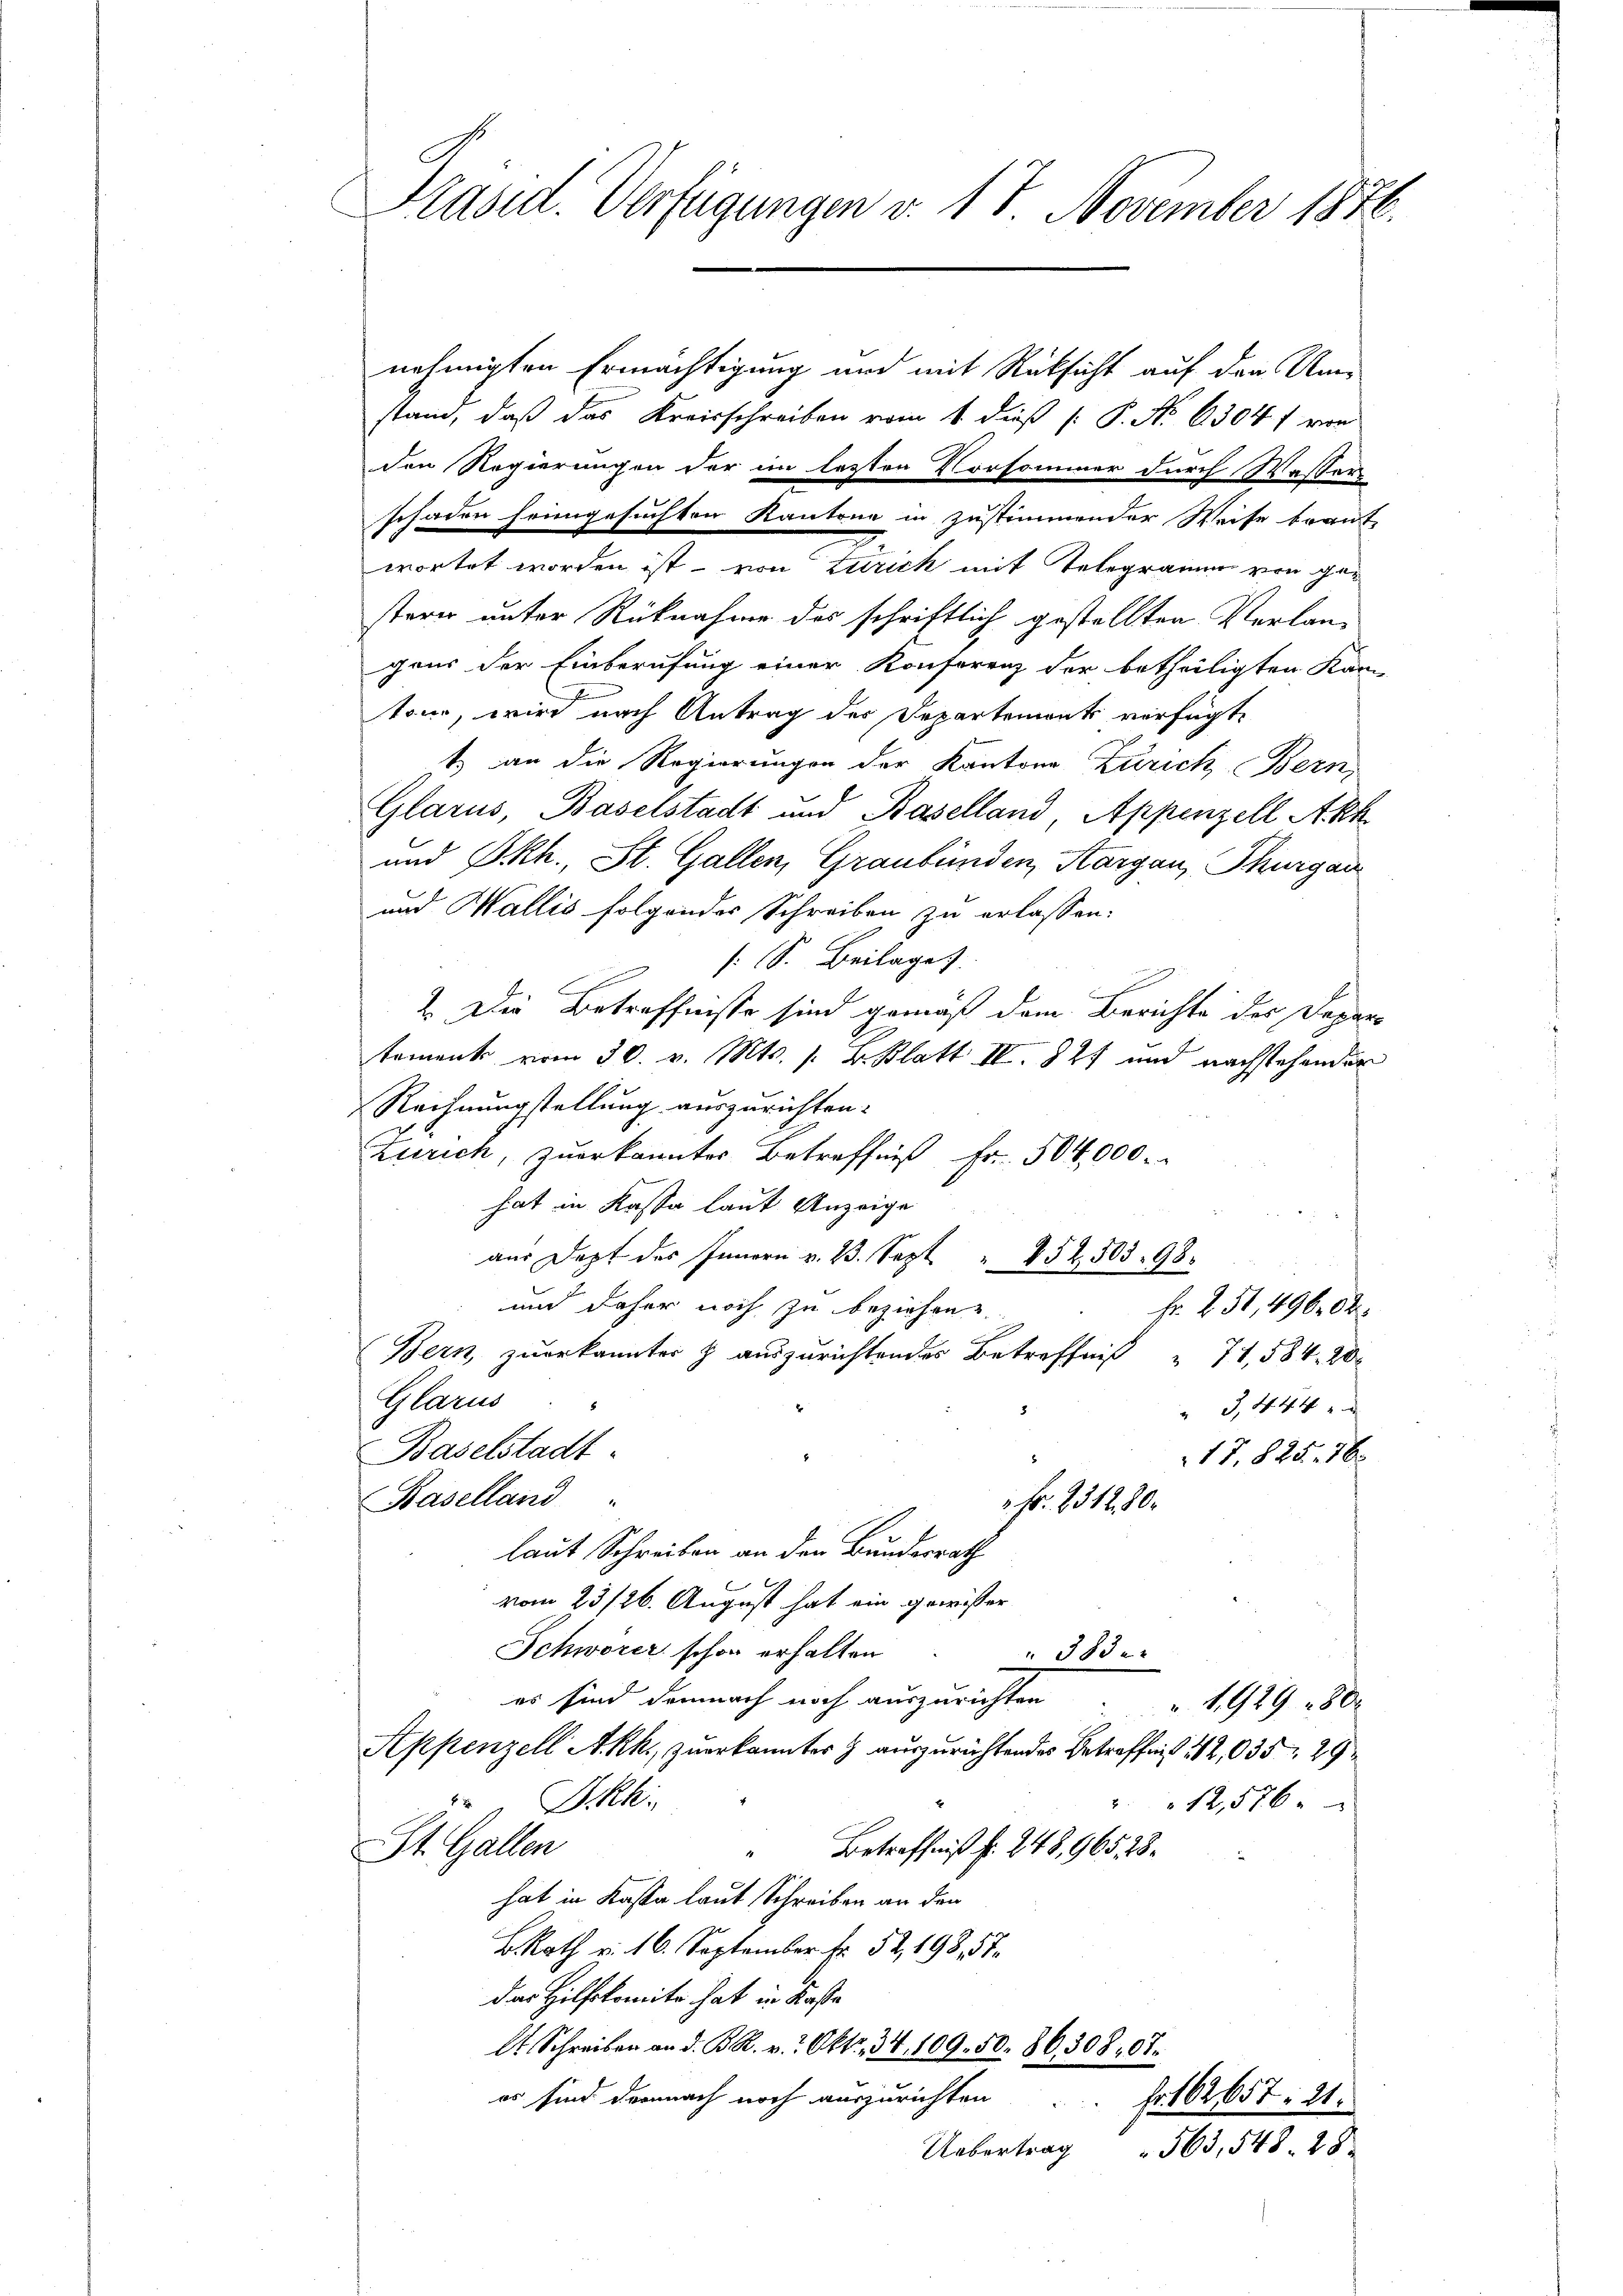
Präsid. Verfügungen v. 17. November 1876.

nehmigten Ermächtigung und mit Rücksicht auf den Umstand, daß das Kreisschreiben vom 1. dieß P. No 6304 f von
den Regierungen der im letzten Vorsammer durch Wasser
schaden heimgesuchten Kantone in zustimmender Weise beant
e
wortet worden ist – von Zürich mit Telegramm von gesterer unter Rücknahme des schriftlich gestellten Verlangaus der Einberufung einer Konferenz der betheiligten Kan-
tem, wird nach Antrag des Departements verfügt,
t) an die Regierungen der Kanton Zürich Bern,
Glarus, Baselstadt und Baselland Appenzell Akk
und Skh., St. Gallen, Graubünden, Aargau, Thurgau
und Wallis folgendes Schreiben zu erlassen.
[S. Beilage).
2. Die Betreffnisse sind gemäß dem Berichte der Departament vom 30. v. Mts. s. v. Blatt IV 827 und nachstehenden
Rechnungstellung auszurichten.
Zürich, zuerkannter Betreffnis Fr. 504,000.
hat in Kassa laut Anzeige
aus Dopt des Innern v. 23. Sept. " 852505. 98.
und daher noch zu beziehen
Fr. 251,496. 62.
Bern, zuerkannter & auszurichtendes Betreffniß " 71, 584. 20
Glarus
 3, 444
Baselstadt.
17. 825. 76
Baselland
Fr. 2312. 80.
laut Schreiben an den Bundesrath
vom 23/26. August hat ein gewisser
Schwerer schon erhalten
550.
es sind demnach noch auszurichten
 1929 - 80
Appenzell Akk., zuerkanntes & auszurichtendes Betreffnis 12,035, 29
Sckh.
12,576.
Betreffniß fr. 248, 965, 28.
St. Gallen
hat in Kasta laut Schreiben an den
BRath v. 16. September fr. 52, 198, 57.
das Hilfskomite hat in Kaste
A Schreiben an d. B. R. v. Okt. 34, 109. 50. 86308. 67.
es sind demnach noch auszurichten
fr. 162657: 21.
Uebertrag
563,548. 28.